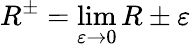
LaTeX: R^{\pm}=\operatorname*{lim}_{\varepsilon\to 0}R\pm\varepsilon